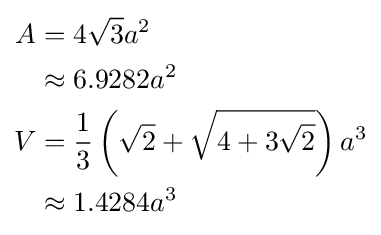
{\begin{aligned}A&=4{\sqrt {3}}a^{2}\\&\approx 6.9282a^{2}\\V&={\frac {1}{3}}\left({\sqrt {2}}+{\sqrt {4+3{\sqrt {2}}}}\right)a^{3}\\&\approx 1.4284a^{3}\end{aligned}}